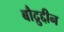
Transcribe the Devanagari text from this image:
बौद्रुद्दीन